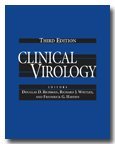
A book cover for Clinical Virology, 3rd Edition; Medical Books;